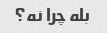
بله چرا نه؟